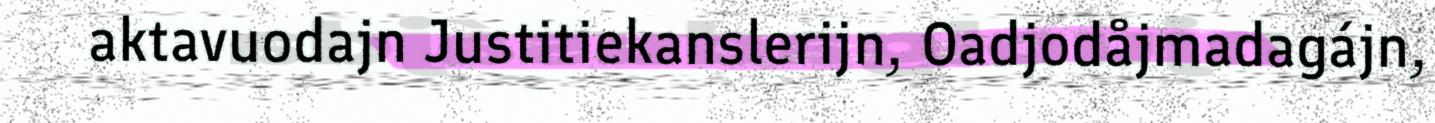
aktavuodajn Justitiekanslerijn, Oadjodåjmadagájn,